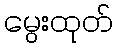
မွေးထုတ်